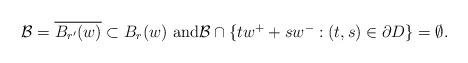
LaTeX: \begin{align*}\mathcal{B}= \overline{B_{r'}(w)} \subset B_r(w) \ \mbox{and$\mathcal{B} \cap \left\{ t w^+ + s w^- : (t, s ) \in \partial D\right\} = \emptyset$.}\end{align*}